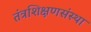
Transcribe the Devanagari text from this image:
तंत्रशिक्षणसंस्था